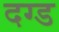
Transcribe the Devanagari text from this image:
दग्ड